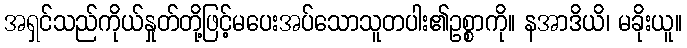
အရှင်သည်ကိုယ်နှုတ်တို့ဖြင့်မပေးအပ်သောသူတပါး၏ဥစ္စာကို။ နအာဒိယိ၊ မခိုးယူ။